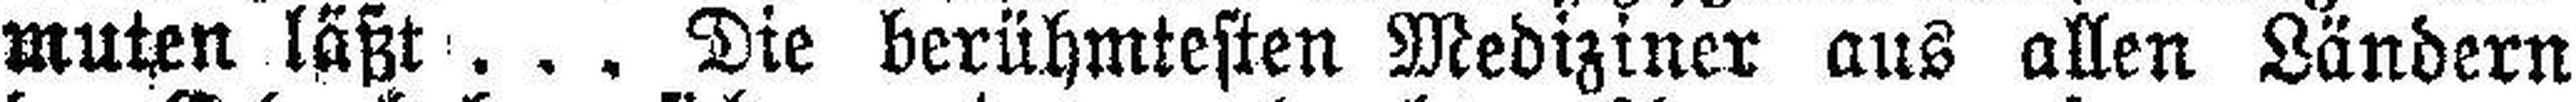
muten läßt . . . Die berühmtesten Mediziner aus allen Ländern